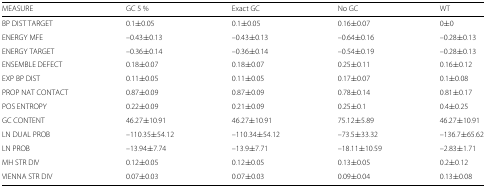
<table><thead><tr><td><b>MEASURE</b></td><td><b>GC 5 %</b></td><td><b>Exact GC</b></td><td><b>No GC</b></td><td><b>WT</b></td></tr></thead><tbody><tr><td>BP DIST TARGET</td><td>0.1 ±0.05</td><td>0.1 ±0.05</td><td>0.16 ±0.07</td><td>0 ±0</td></tr><tr><td>ENERGY MFE</td><td>–0.43 ±0.13</td><td>–0.43 ±0.13</td><td>–0.64 ±0.16</td><td>–0.28 ±0.13</td></tr><tr><td>ENERGY TARGET</td><td>–0.36 ±0.14</td><td>–0.36 ±0.14</td><td>–0.54 ±0.19</td><td>–0.28 ±0.13</td></tr><tr><td>ENSEMBLE DEFECT</td><td>0.18 ±0.07</td><td>0.18 ±0.07</td><td>0.25 ±0.11</td><td>0.16 ±0.12</td></tr><tr><td>EXP BP DIST</td><td>0.11 ±0.05</td><td>0.11 ±0.05</td><td>0.17 ±0.07</td><td>0.1 ±0.08</td></tr><tr><td>PROP NAT CONTACT</td><td>0.87 ±0.09</td><td>0.87 ±0.09</td><td>0.78 ±0.14</td><td>0.81 ±0.17</td></tr><tr><td>POS ENTROPY</td><td>0.22 ±0.09</td><td>0.21 ±0.09</td><td>0.25 ±0.1</td><td>0.4 ±0.25</td></tr><tr><td>GC CONTENT</td><td>46.27 ±10.91</td><td>46.27 ±10.91</td><td>75.12 ±5.89</td><td>46.27 ±10.91</td></tr><tr><td>LN DUAL PROB</td><td>–110.35 ±54.12</td><td>–110.34 ±54.12</td><td>–73.5 ±33.32</td><td>–136.7 ±65.62</td></tr><tr><td>LN PROB</td><td>–13.94 ±7.74</td><td>–13.9 ±7.71</td><td>–18.11 ±10.59</td><td>–2.83 ±1.71</td></tr><tr><td>MH STR DIV</td><td>0.12 ±0.05</td><td>0.12 ±0.05</td><td>0.13 ±0.05</td><td>0.2 ±0.12</td></tr><tr><td>VIENNA STR DIV</td><td>0.07 ±0.03</td><td>0.07 ±0.03</td><td>0.09 ±0.04</td><td>0.13 ±0.08</td></tr></tbody></table>